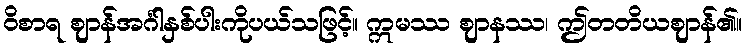
ဝိစာရ ဈာန်အင်္ဂါနှစ်ပါးကိုပယ်သဖြင့်။ ဣမဿ ဈာနဿ၊ ဤတတိယဈာန်၏။